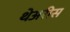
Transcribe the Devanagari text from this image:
थेअरीस